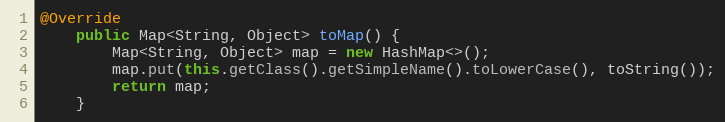
Language: Java
@Override
    public Map<String, Object> toMap() {
        Map<String, Object> map = new HashMap<>();
        map.put(this.getClass().getSimpleName().toLowerCase(), toString());
        return map;
    }